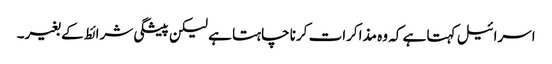
اسرائیل کہتا ہے کہ وہ مذاکرات کرنا چاہتا ہے لیکن پیشگی شرائط کے بغیر۔